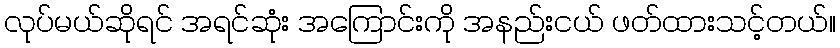
လုပ်မယ်ဆိုရင် အရင်ဆုံး အကြောင်းကို အနည်းငယ် ဖတ်ထားသင့်တယ်။